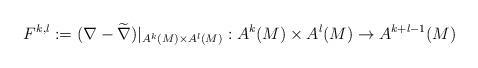
LaTeX: \begin{align*}F^{k,l}:=(\nabla-\widetilde{\nabla})|_{A^k(M)\times A^l(M)}:A^k(M)\times A^l(M)\rightarrow A^{k+l-1}(M)\end{align*}